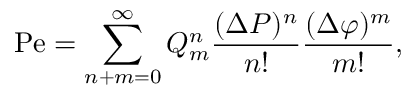
\mathrm { P e } = \sum _ { n + m = 0 } ^ { \infty } Q _ { m } ^ { n } \frac { ( \Delta P ) ^ { n } } { n ! } \frac { ( \Delta \varphi ) ^ { m } } { m ! } ,